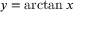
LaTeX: y = \arctan x \,